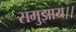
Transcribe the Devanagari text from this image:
समुझाय।।